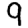
Digit: 9